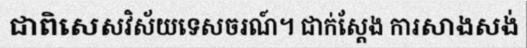
ជាពិសេសវិស័យទេសចរណ៍។ ជាក់ស្តែង ការសាងសង់